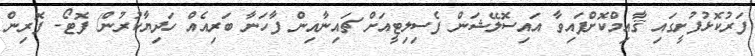
ފަރުކޮޅުފުށީގައި ޤާއިމްކޮށްފައިވާ އައިސޮލޭޝަން ފެސިލިޓީއަށް ޗައިނާއިން ފާހަނާ ބަރިއެއް ހަދިޔާކުރުން/ ފޮޓޯ- ފޮރިން